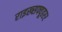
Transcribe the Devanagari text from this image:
राइख्सफ्यूहरर